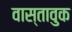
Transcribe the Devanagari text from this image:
वास्तावुक